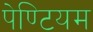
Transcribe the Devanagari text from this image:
पेण्टियम